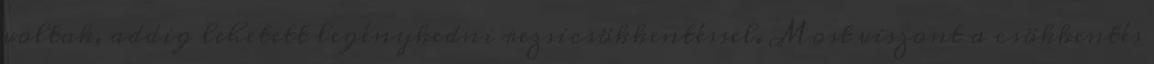
voltak, addig lehetett legénykedni rezsicsökkentéssel. Most viszont a csökkentés